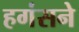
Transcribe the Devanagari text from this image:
हगंसने